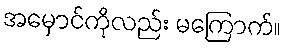
အမှောင်ကိုလည်း မကြောက်။